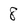
Character: 8